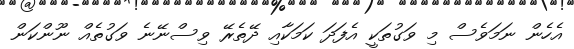
އެހެން ނަމަވެސް މި ވަގުތަކީ އެފަދަ ކަމަކާއި ދޭތެރޭ ވިސްނޭނެ ވަގުތެއް ނޫންކަން